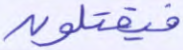
فيقتلون